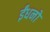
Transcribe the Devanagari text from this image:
ईंधनो